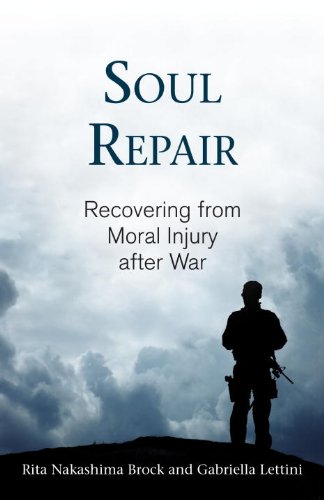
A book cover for Soul Repair: Recovering from Moral Injury after War; Rita Nakashima Brock; Health, Fitness & Dieting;